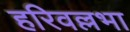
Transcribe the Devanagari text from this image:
हरिवल्लभा